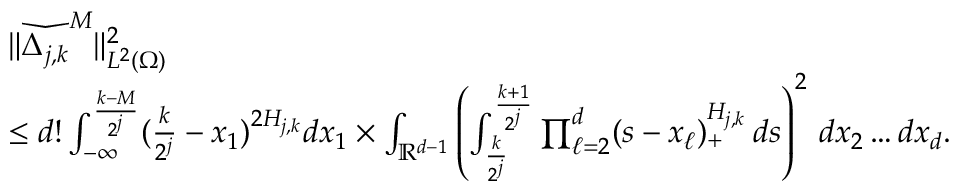
\begin{array} { r l } & { \| \widecheck { \Delta _ { j , k } } ^ { M } \| _ { L ^ { 2 } ( \Omega ) } ^ { 2 } } \\ & { \leq d ! \int _ { - \infty } ^ { \frac { k - M } { 2 ^ { j } } } ( \frac { k } { 2 ^ { j } } - x _ { 1 } ) ^ { 2 H _ { j , k } } d x _ { 1 } \times \int _ { \mathbb { R } ^ { d - 1 } } \left( \int _ { \frac { k } { 2 ^ { j } } } ^ { \frac { k + 1 } { 2 ^ { j } } } \prod _ { \ell = 2 } ^ { d } ( s - x _ { \ell } ) _ { + } ^ { H _ { j , k } } \, d s \right) ^ { 2 } \, d x _ { 2 } \ldots d x _ { d } . } \end{array}